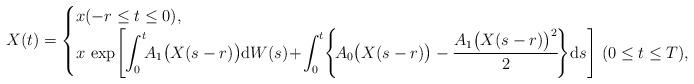
LaTeX: \begin{align*}X(t) = \begin{cases}x (-r \le t \le 0), \\\displaystyle x \, \exp \! \Bigg[ \! \int_0^t \!\! A_1 \big( X(s-r) \big) \mbox{d}W(s) \! + \! \int_0^t \! \Bigg\{ \! A_0 \big( X(s-r) \big) - \frac{A_1 \big( X(s-r) \big)^2}{2} \! \Bigg\} \mbox{d}s \Bigg] \ (0 \le t \le T), \end{cases}\end{align*}